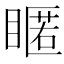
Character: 䁥